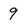
Character: 9